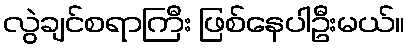
လွဲချင်စရာကြီး ဖြစ်နေပါဦးမယ်။